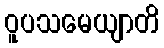
ဝူပသမေယျာတိ